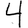
Digit: 4